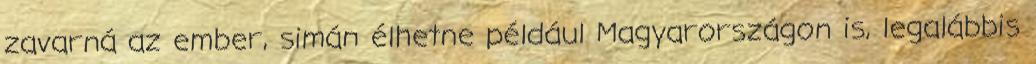
zavarná az ember, simán élhetne például Magyarországon is, legalábbis